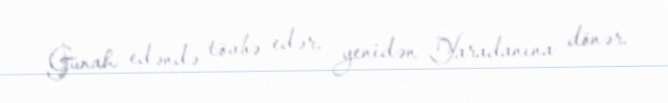
Günah edəndə tövbə edər, yenidən Yaradanına dönər.